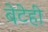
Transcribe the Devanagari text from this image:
बेटेही